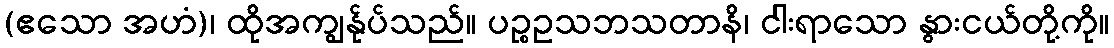
(ဧသော အဟံ)၊ ထိုအကျွန်ုပ်သည်။ ပဉ္စဥသဘသတာနိ၊ ငါးရာသော နွားငယ်တို့ကို။